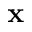
\textbf { x }